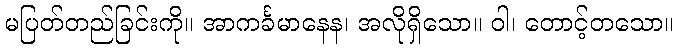
မပြတ်တည်ခြင်းကို။ အာကင်္ခမာနေန၊ အလိုရှိသော။ ဝါ၊ တောင့်တသော။